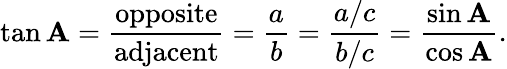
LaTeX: \tan\mathbf{A}={\frac{{\textrm{{opposite}}}}{{\textrm{{adjacent}}}}}={\frac{{a}}{{b}}}={\frac{{a/c}}{{b/c}}}={\frac{{\sin\mathbf{A}}}{{\cos\mathbf{A}}}}.